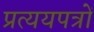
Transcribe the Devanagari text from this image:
प्रत्ययपत्रों